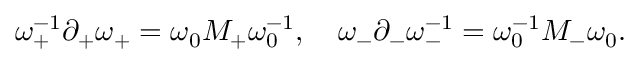
\omega _ { + } ^ { - 1 } \partial _ { + } \omega _ { + } = \omega _ { 0 } M _ { + } \omega _ { 0 } ^ { - 1 } , \quad \omega _ { - } \partial _ { - } \omega _ { - } ^ { - 1 } = \omega _ { 0 } ^ { - 1 } M _ { - } \omega _ { 0 } .